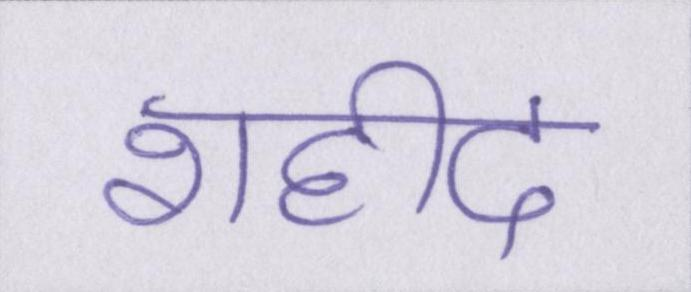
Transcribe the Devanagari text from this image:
शहीद